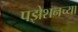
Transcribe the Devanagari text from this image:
पझेशनच्या